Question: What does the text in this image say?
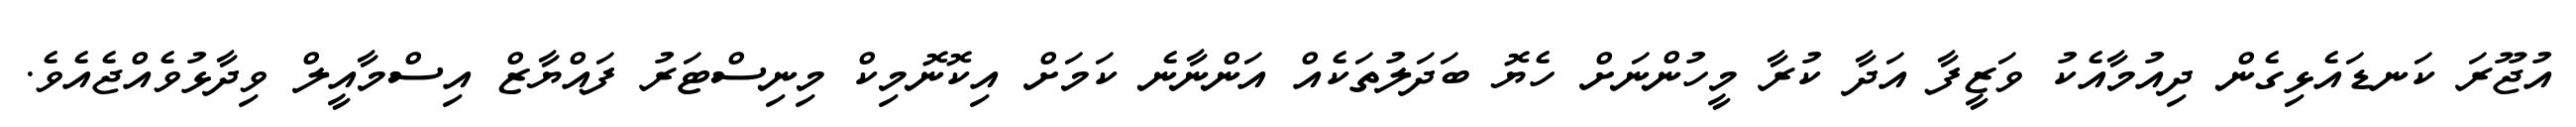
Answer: އުޖޫރަ ކަނޑައެޅިގެން ދިއުމާއެކު ވަޒީފާ އަދާ ކުރާ މީހުންނަށް ހެޔޮ ބަދަލުތަކެއް އަންނާނެ ކަމަށް އިކޮނޮމިކް މިނިސްޓަރު ފައްޔާޒް އިސްމާއީލް ވިދާޅުވެއްޖެއެވެ.